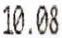
10.08